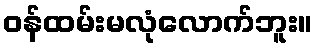
ဝန်ထမ်းမလုံလောက်ဘူး။